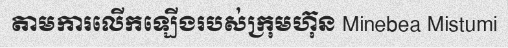
តាមការលើកឡើងរបស់ក្រុមហ៊ុន Minebea Mistumi